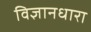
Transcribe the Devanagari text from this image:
विज्ञानधारा